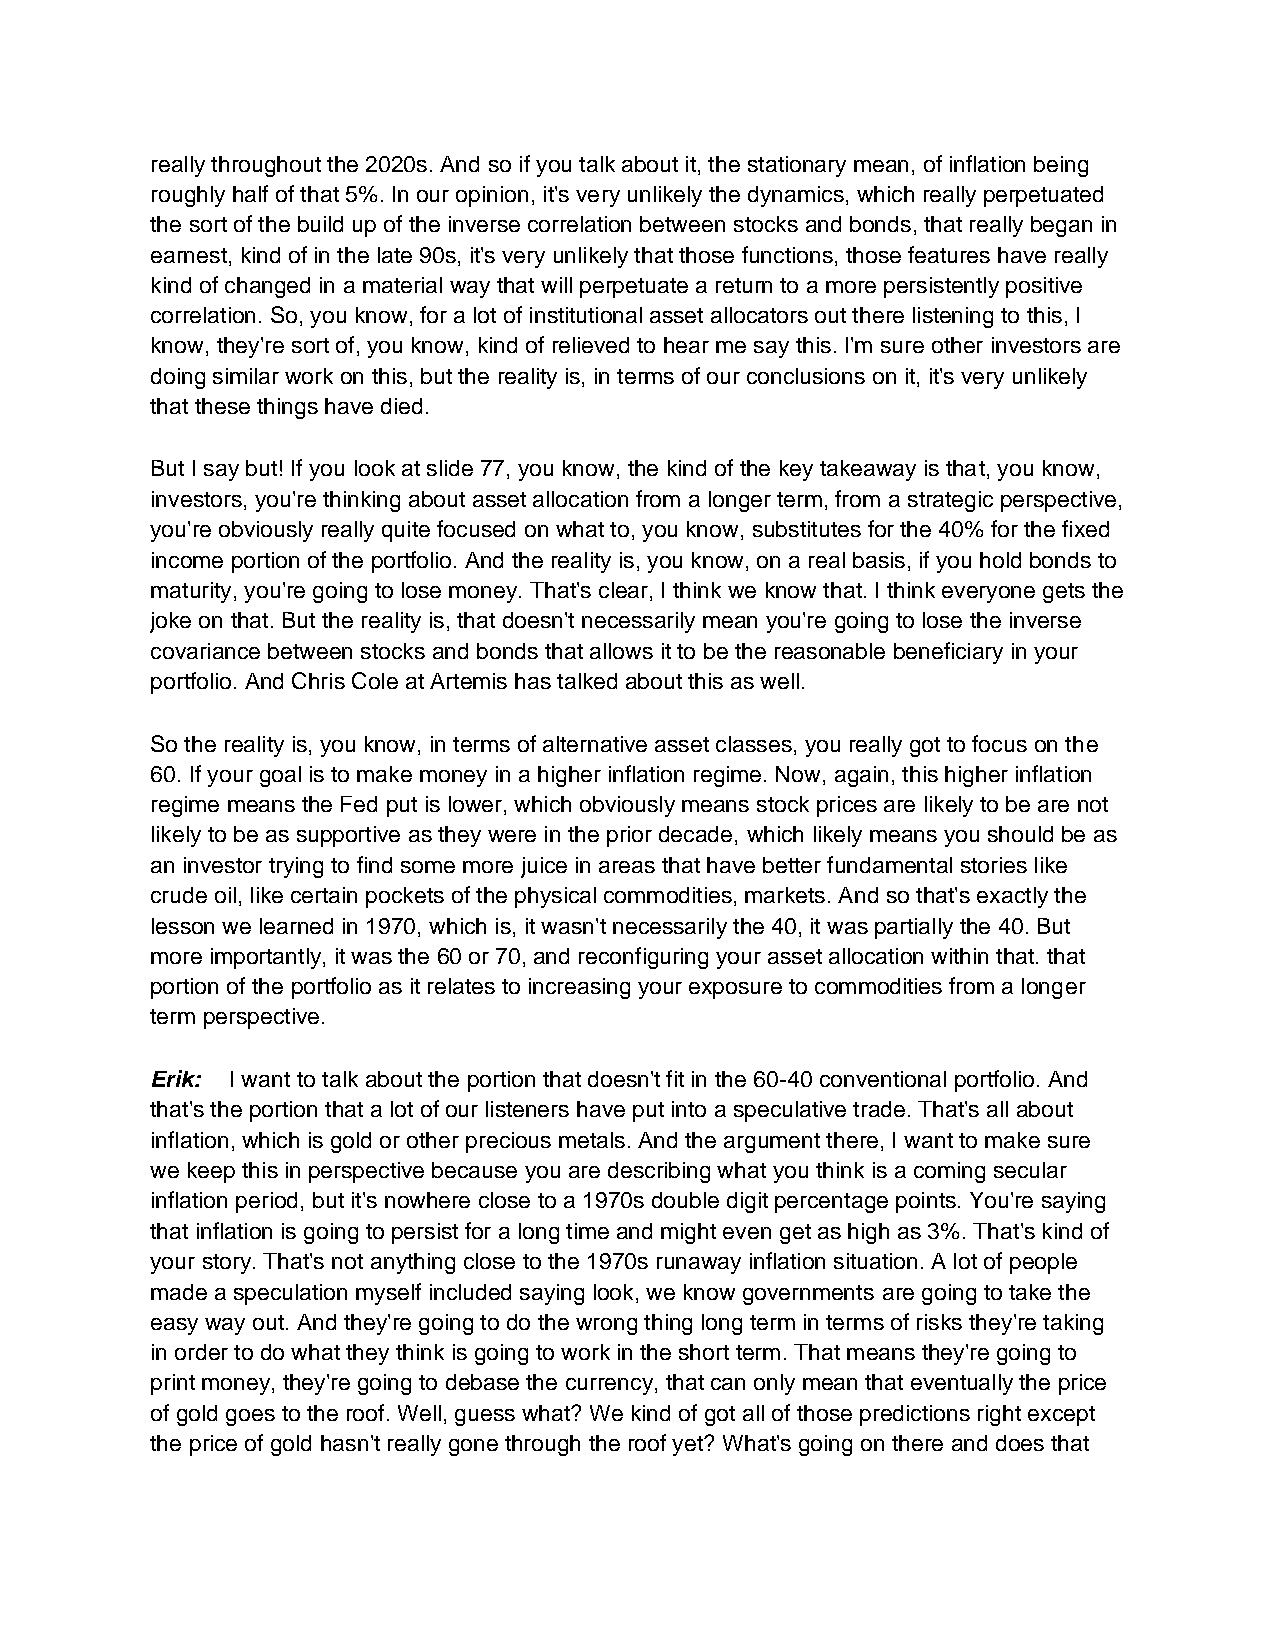
really throughout the 2020s. And so if you talk about it, the stationary mean, of inflation being
 roughly half of that 5%. In our opinion, it's very unlikely the dynamics, which really perpetuated
 the sort of the build up of the inverse correlation between stocks and bonds, that really began in
 earnest, kind of in the late 90s, it's very unlikely that those functions, those features have really
 kind of changed in a material way that will perpetuate a return to a more persistently positive
 correlation. So, you know, for a lot of institutional asset allocators out there listening to this, I
 know, they're sort of, you know, kind of relieved to hear me say this. I'm sure other investors are
 doing similar work on this, but the reality is, in terms of our conclusions on it, it's very unlikely
 that these things have died.
 But I say but! If you look at slide 77, you know, the kind of the key takeaway is that, you know,
 investors, you're thinking about asset allocation from a longer term, from a strategic perspective,
 you're obviously really quite focused on what to, you know, substitutes for the 40% for the fixed
 income portion of the portfolio. And the reality is, you know, on a real basis, if you hold bonds to
 maturity, you're going to lose money. That's clear, I think we know that. I think everyone gets the
 joke on that. But the reality is, that doesn't necessarily mean you're going to lose the inverse
 covariance between stocks and bonds that allows it to be the reasonable beneficiary in your
 portfolio. And Chris Cole at Artemis has talked about this as well.
 So the reality is, you know, in terms of alternative asset classes, you really got to focus on the
 60. If your goal is to make money in a higher inflation regime. Now, again, this higher inflation
 regime means the Fed put is lower, which obviously means stock prices are likely to be are not
 likely to be as supportive as they were in the prior decade, which likely means you should be as
 an investor trying to find some more juice in areas that have better fundamental stories like
 crude oil, like certain pockets of the physical commodities, markets. And so that's exactly the
 lesson we learned in 1970, which is, it wasn't necessarily the 40, it was partially the 40. But
 more importantly, it was the 60 or 70, and reconfiguring your asset allocation within that. that
 portion of the portfolio as it relates to increasing your exposure to commodities from a longer
 term perspective.
 Erik: I want to talk about the portion that doesn't fit in the 60-40 conventional portfolio. And
 that's the portion that a lot of our listeners have put into a speculative trade. That's all about
 inflation, which is gold or other precious metals. And the argument there, I want to make sure
 we keep this in perspective because you are describing what you think is a coming secular
 inflation period, but it's nowhere close to a 1970s double digit percentage points. You're saying
 that inflation is going to persist for a long time and might even get as high as 3%. That's kind of
 your story. That's not anything close to the 1970s runaway inflation situation. A lot of people
 made a speculation myself included saying look, we know governments are going to take the
 easy way out. And they're going to do the wrong thing long term in terms of risks they're taking
 in order to do what they think is going to work in the short term. That means they're going to
 print money, they're going to debase the currency, that can only mean that eventually the price
 of gold goes to the roof. Well, guess what? We kind of got all of those predictions right except
 the price of gold hasn't really gone through the roof yet? What's going on there and does that